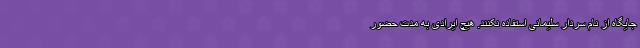
جایگاه از نام سردار سلیمانی استفاده نکنند. هیچ ایرادی به مدت حضور